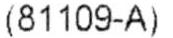
(81109-A)